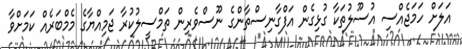
އަލަށް ހަމަޖެއްސި އުސޫލުތަކާ ގުޅިގެން އަފްގާނިސްތާންގެ ނޫސްވެރިން ތަމްސީލުކުރާ ޖަމިއްޔާގެ މެމްބަރެއް ކަމަށްވާ